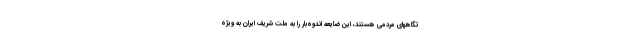
تگاههای مردمی هستند، این ضایعه اندوه‌بار را به ملت شریف ایران به ویژه